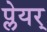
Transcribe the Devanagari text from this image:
प्लेयर्